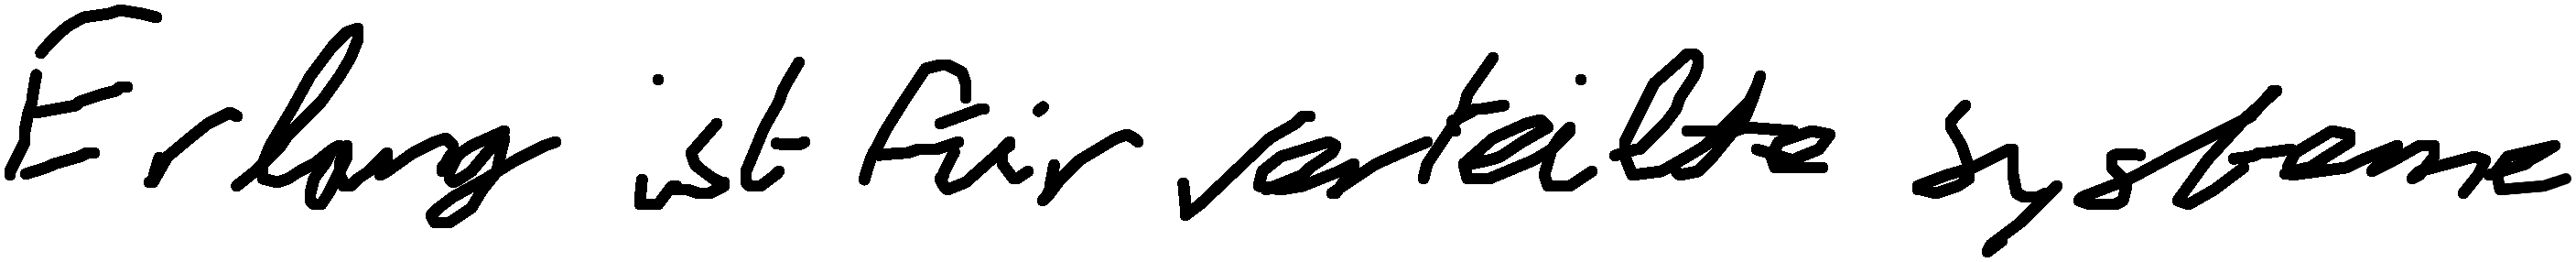
Erlang ist für verteilte Systeme.